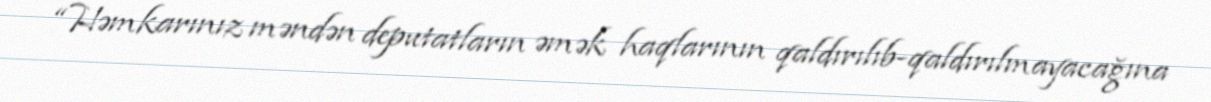
“Həmkarınız məndən deputatların əmək haqlarının qaldırılıb-qaldırılmayacağına